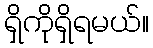
ရှိကိုရှိရမယ်။